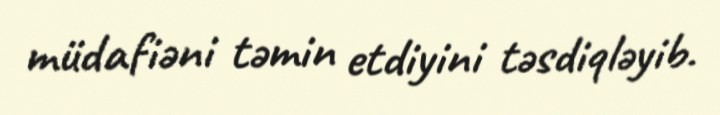
müdafiəni təmin etdiyini təsdiqləyib.